Report on horse surra - Volume I
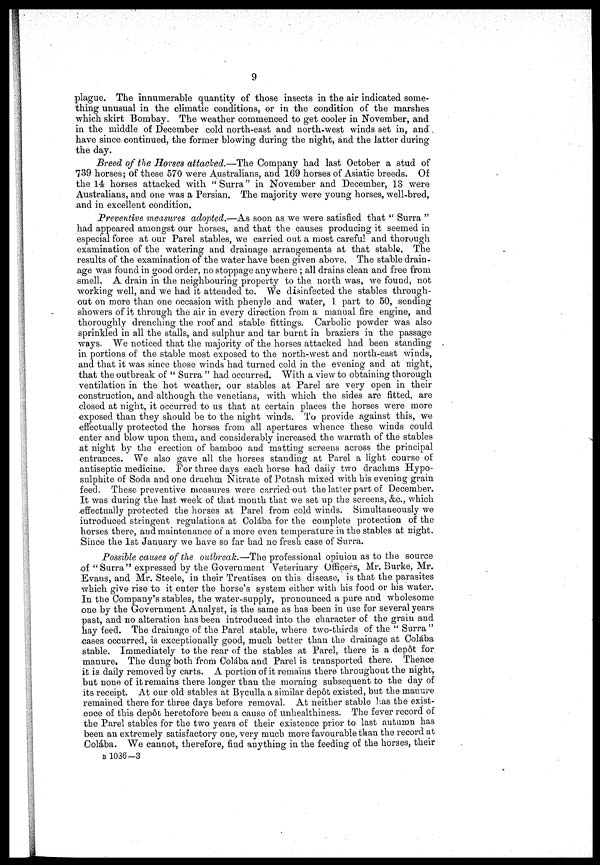
9
plague. The innumerable quantity of those insects in the air indicated some-
thing unusual in the climatic conditions, or in the condition of the marshes
which skirt Bombay. The weather commenced to get cooler in November, and
in the middle of December cold north-east and north-west winds set in, and*
have since continued, the former blowing during the night, and the latter during
the day.
Breed of the Horses attacked.—The Company had last October a stud of
739 horses; of these 570 were Australians, and 169 horses of Asiatic breeds. Of
the 14 horses attacked with "Surra" in November and December, 18 were
Australians, and one was a Persian. The majority were young horses, well-bred,
and in excellent condition.
Preventive measures adopted.—As soon as we were satisfied that " Surra "
had appeared amongst our horses, and that the causes producing it seemed in
especial force at our Parel stables, we carried out a most careful and thorough
examination of the watering and drainage arrangements at that stable. The
results of the examination of the water have been given above. The stable drain-
age was found in good order, no stoppage anywhere ; all drains clean and free from
smell. A drain in the neighbouring property to the north was, we found, not
working well, and we had it attended to. We disinfected the stables through-
out on more than one occasion with phenyle and water, 1 part to 50, sending
showers of it through the air in every direction from a manual fire engine, and
thoroughly drenching the roof and stable fittings. Carbolic powder was also
sprinkled in all the stalls, and sulphur and tar burnt in braziers in the passage
ways. We noticed that the majority of the horses attacked had been standing
in portions of the stable most exposed to the north-west and north-east winds,
and that it was since those winds had turned cold in the evening and at night,
that the outbreak of " Surra " had occurred. "With a view to obtaining thorough
ventilation in the hot weather, our stables at Parel are very open in their
construction, and although the Venetians, with which the sides are fitted, are
closed at night, it occurred to us that at certain places the horses were more
exposed than they should be to the night winds. To provide against this, we
effectually protected the horses from all apertures whence these winds could
enter and blow upon them, and considerably increased the warmth of the stables
at night by the erection of bamboo and matting screens across the principal
entrances. We also gave all the horses standing at Parel a light course of
antiseptic medicine. For three clays each horse had daily two drachms Hypo-
sulphite of Soda and one drachm Nitrate of Potash mixed with his evening grain
feed. These preventive measures were carried out the latter part of December.
It was during the last week of that month that we set up the screens, &c., which
effectually protected the horses at Parel from cold winds. Simultaneously we
introduced stringent regulations at Colába for the complete protection of the
horses there, and maintenance of a more even temperature in the stables at night.
Since the 1st January we have so far had no fresh case of Surra.
Possible causes of the outbreak.—The professional opinion as to the source
of "Surra" expressed by the Government Veterinary Officers, Mr. Burke, Mr.
Evans, and Mr. Steele, in their Treatises on this disease, is that the parasites
which give rise to it enter the horse's system either with his food or his water.
In the Company's stables, the water-supply, pronounced a pure and wholesome
one by the Government Analyst, is the same as has been in use for several years
past, and no alteration has been introduced into the character of the grain and
hay feed. The drainage of the Parel stable, where two-thirds of the " Surra "
cases occurred, is exceptionally good, much better than the drainage at Colába
stable. Immediately to the rear of the stables at Parel, there is a depot for
manure. The dung both from Colába and Parel is transported there. Thence
it is daily removed by carts. A portion of it remains there throughout the night,
but none of it remains there longer than the morning subsequent to the day of
its receipt. At our old stables at Byculla a similar depôt existed, but the manure
remained there for three days before removal. At neither stable has the exist-
ence of this dep6t heretofore been a cause of unhealthiness. The fever record of
the Parel stables for the two years of their existence prior to last autumn has
been an extremely satisfactory one, very much more favourable than the record at
Colába. We cannot, therefore, find anything in the feeding of the horses, their
B 1036-3